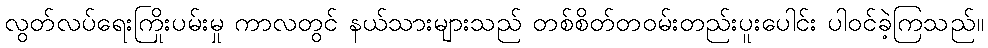
လွတ်လပ်ရေးကြိုးပမ်းမှု ကာလတွင် နယ်သားများသည် တစ်စိတ်တဝမ်းတည်းပူးပေါင်း ပါဝင်ခဲ့ကြသည်။